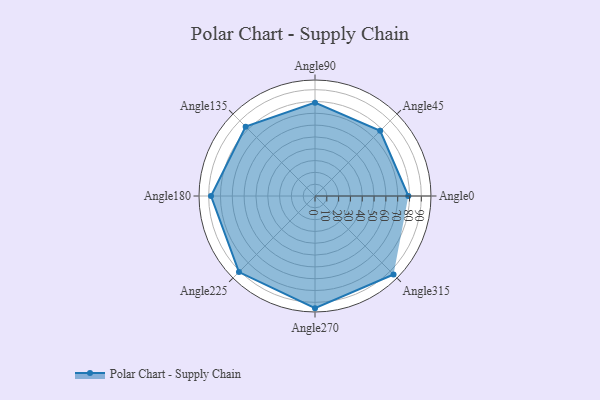
{"axis": {"x": "Angle", "y": "Radius"}, "legend": [""], "data": [{"x": "Angle0", "y": 79.0, "type": ""}, {"x": "Angle45", "y": 78.0, "type": ""}, {"x": "Angle90", "y": 79.0, "type": ""}, {"x": "Angle135", "y": 83.0, "type": ""}, {"x": "Angle180", "y": 88.0, "type": ""}, {"x": "Angle225", "y": 91.0, "type": ""}, {"x": "Angle270", "y": 95.0, "type": ""}, {"x": "Angle315", "y": 94.0, "type": ""}]}